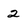
Character: 2